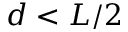
d < L / 2